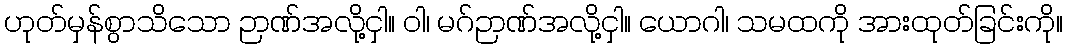
ဟုတ်မှန်စွာသိသော ဉာဏ်အလို့ငှါ။ ဝါ၊ မဂ်ဉာဏ်အလို့ငှါ။ ယောဂါ၊ သမထကို အားထုတ်ခြင်းကို။